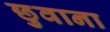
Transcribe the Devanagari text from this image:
छुवाना